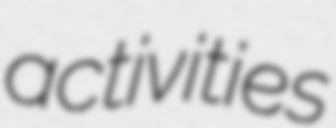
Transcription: activities